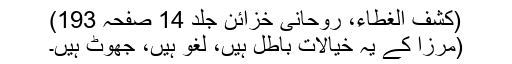
(کشف الغطاء، روحانی خزائن جلد 14 صفحہ 193)
(مرزا کے یہ خیالات باطل ہیں، لغو ہیں، جھوٹ ہیں۔